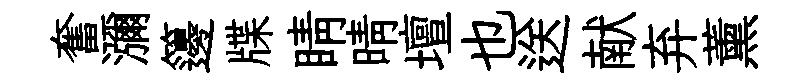
奮瀰籩牒睛晴壇也送献弃薰